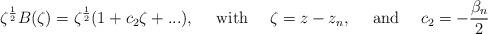
LaTeX: \begin{align*}\zeta^{\frac{1}{2}}B(\zeta)=\zeta^{\frac{1}{2}}(1+c_2\zeta+...), ~~~~{\rm with}~~~~\zeta=z-z_n,~~~~{\rm and}~~~~c_2= -\frac{\beta_n}{2}\end{align*}